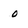
Character: 0